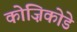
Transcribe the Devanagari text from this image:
कोज़िकोडे